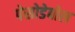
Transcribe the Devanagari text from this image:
पेसोडेबोल